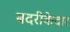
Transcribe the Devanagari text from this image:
बदरीकेदार